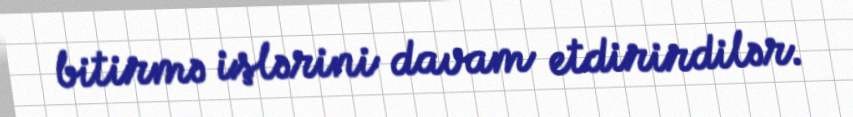
bitirmə işlərini davam etdirirdilər.